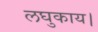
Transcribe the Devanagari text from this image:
लघुकाय।